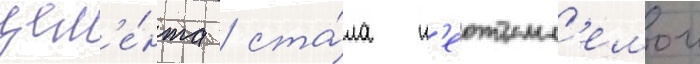
цем'е́нта / ста́ла н'еотъемл'емои